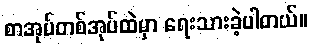
စာအုပ်တစ်အုပ်ထဲမှာ ရေးသားခဲ့ပါတယ်။